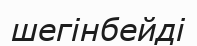
шегінбейді